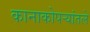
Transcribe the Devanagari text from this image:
कानाकोपर्‍यांतले